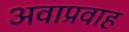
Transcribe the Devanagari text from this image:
अवाप्रवाह